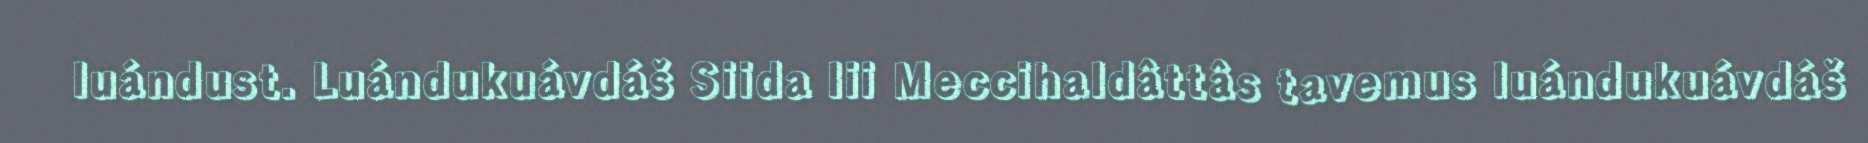
luándust. Luándukuávdáš Siida lii Meccihaldâttâs tavemus luándukuávdáš